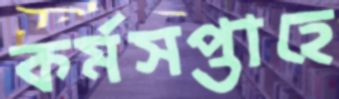
কর্মসপ্তাহে